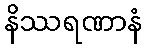
နိဿရဏာနံ